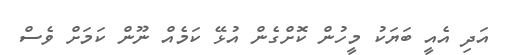
އަދި އެއީ ބަޔަކު މީހުން ކޮށްގެން އުޅޭ ކަމެއް ނޫން ކަމަށް ވެސް